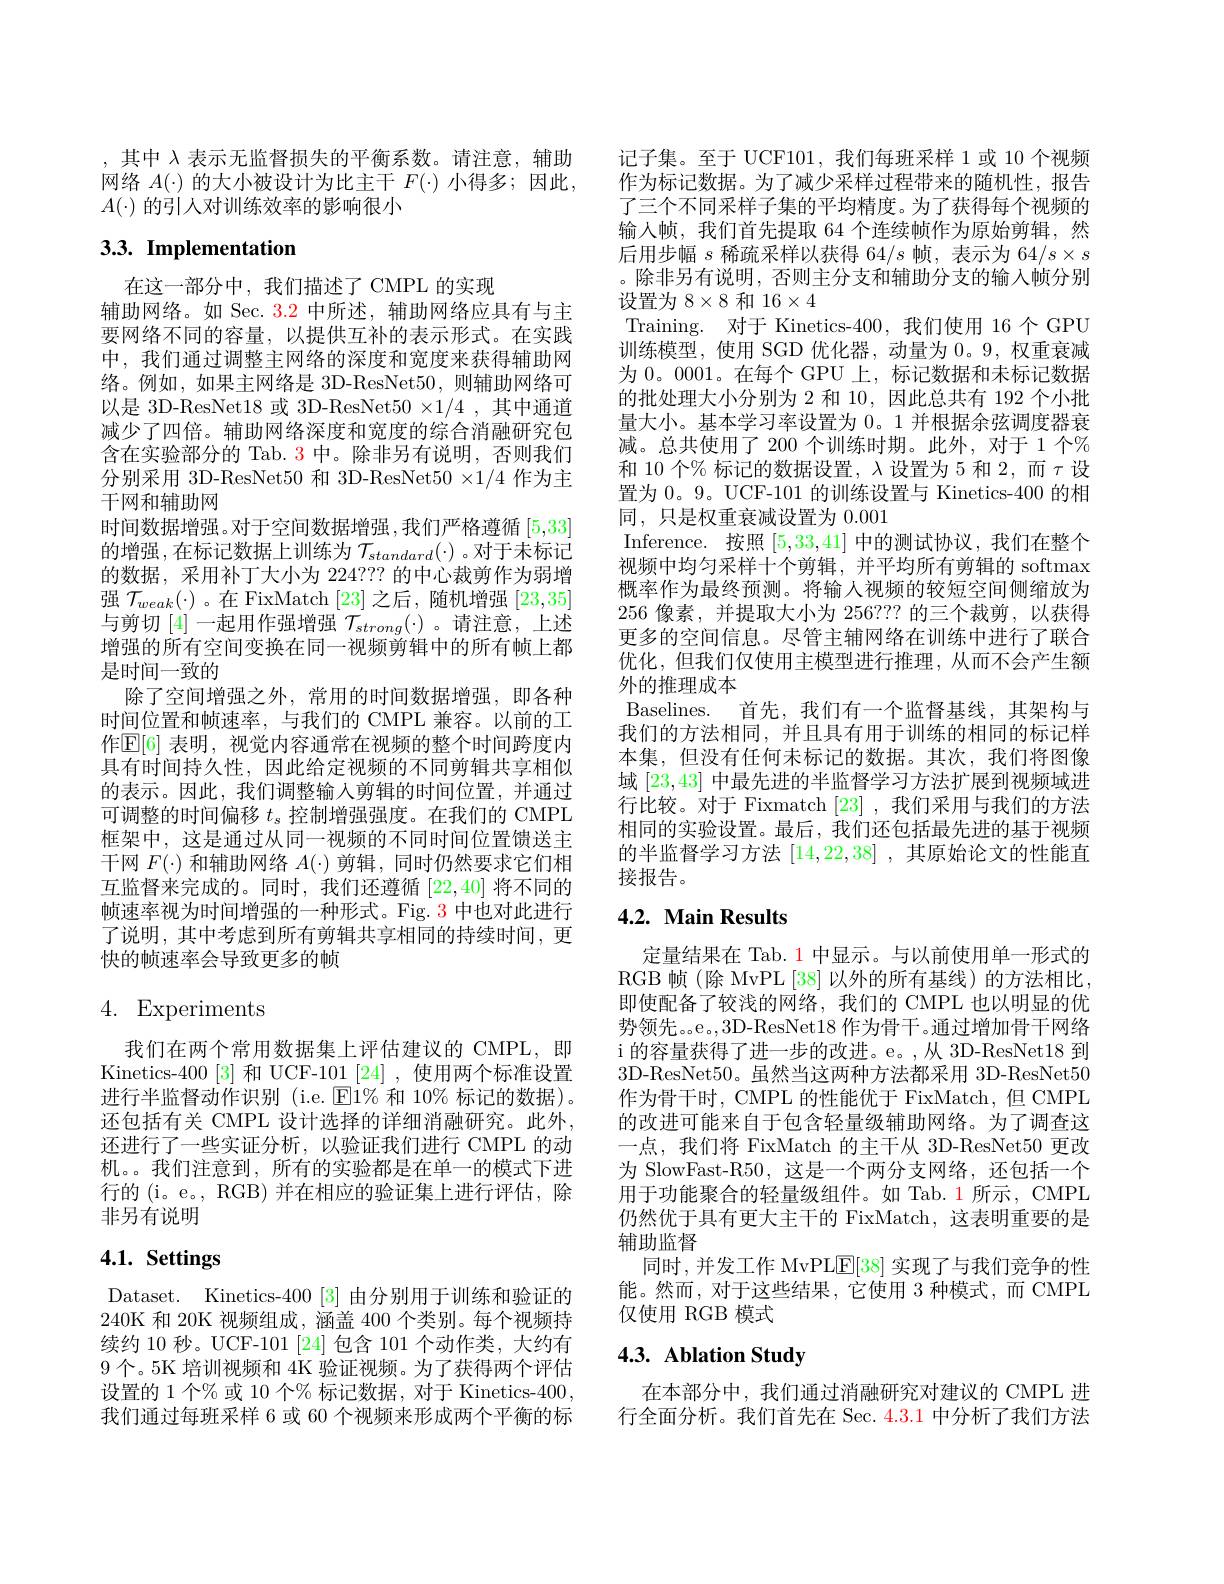
,其中$\lambda$表示无监督损失的平衡系数。请注意，辅助网络$A(\cdot)$的大小被设计为比主干$F(\cdot)$小得多；因此， $A(\cdot)$的引人对训练效率的影响很小

# 3.3. Implementation

在这一部分中，我们描述了 CMPL 的实现
辅助网络。如 Sec. 3.2 中所述，辅助网络应具有与主要网络不同的容量，以提供互补的表示形式。在实践中，我们通过调整主网络的深度和宽度来获得辅助网络。例如，如果主网络是 3D-ResNet50,则辅助网络可以是 3D-ResNet18 或 3D-ResNet$50\times1/4$ ,其中通道减少了四倍。辅助网络深度和宽度的综合消融研究包含在实验部分的 Tab. 3 中。除非另有说明，否则我们分别采用 3D-ResNet50 和 3D-ResNet$50\times1/4$作为主干网和辅助网
时间数据增强。对于空间数据增强 ,我们严格遵循 [5,33] 的增强，在标记数据上训练为$\mathcal{T}_{standard}(\cdot)$ 。对于未标记的数据，采用补丁大小为 224??? 的中心裁剪作为弱增强$\mathcal{T}_weak(\cdot)$ 。在 FixMatch [23]之后，随机增强[23,35] 与剪切[4]一起用作强增强$\mathcal{T}_strong(\cdot)$ 。请注意，上述增强的所有空间变换在同一视频剪辑中的所有帧上都是时间一致的
除了空间增强之外，常用的时间数据增强，即各种时间位置和帧速率，与我们的 CMPL 兼容。以前的工作$\mathbb{E}[6]$ 表明，视觉内容通常在视频的整个时间跨度内具有时间持久性，因此给定视频的不同剪辑共享相似的表示。因此，我们调整输入剪辑的时间位置，并通过可调整的时间偏移$t_s$控制增强强度。在我们的 CMPL 框架中，这是通过从同一视频的不同时间位置馈送主干网$F(\cdot)$和辅助网络$A(\cdot)$剪辑，同时仍然要求它们相互监督来完成的。同时，我们还遵循[22,40]将不同的帧速率视为时间增强的一种形式。Fig. 3 中也对此进行了说明，其中考虑到所有剪辑共享相同的持续时间，更快的帧速率会导致更多的帧

# 4. Experiments

我们在两个常用数据集上评估建议的 CMPL,即Kinetics-400[3]和 UCF-101[24],使用两个标准设置进行半监督动作识别 (i.e. $\operatorname{E}1\%$和 10% 标记的数据)。还包括有关 CMPL 设计选择的详细消融研究。此外， 还进行了一些实证分析，以验证我们进行 CMPL 的动机。。我们注意到，所有的实验都是在单一的模式下进行的(i。e。, RGB) 并在相应的验证集上进行评估，除非另有说明

# 4.1. Settings

Dataset. Kinetics-400[3] 由分别用于训练和验证的240K 和 20K 视频组成，涵盖 400 个类别。每个视频持续约 10 秒。UCF-101 [24]包含 101 个动作类，大约有9个。5K 培训视频和 4K 验证视频。为了获得两个评估设置的 1 个% 或 10 个% 标记数据，对于 Kinetics-400, 我们通过每班采样 6 或 60 个视频来形成两个平衡的标

记子集。至于 UCF101,我们每班采样 1 或 10 个视频作为标记数据。为了减少采样过程带来的随机性，报告了三个不同采样子集的平均精度。为了获得每个视频的输人帧，我们首先提取 64 个连续帧作为原始剪辑，然后用步幅$s$稀疏采样以获得 64/s 帧，表示为 64/s×s 。除非另有说明，否则主分支和辅助分支的输入帧分别设置为$8\times8$和 16$\times4$
Training. 对于 Kinetics-400,我们使用 16个 GPU 训练模型，使用 SGD 优化器，动量为0。9,权重衰减为 0。0001。在每个 GPU 上，标记数据和未标记数据的批处理大小分别为 2 和 10,因此总共有 192 个小批量大小。基本学习率设置为 0。1 并根据余弦调度器衰减。总共使用了 200 个训练时期。此外，对于 1 个% 和 10 个% 标记的数据设置，$\lambda$设置为 5 和 2,而$\tau$设置为 0。9。UCF-101 的训练设置与 Kinetics-400 的相同，只是权重衰减设置为0.001
Inference. 按照[5,33,41]中的测试协议，我们在整个视频中均匀采样十个剪辑，并平均所有剪辑的 softmax 概率作为最终预测。将输人视频的较短空间侧缩放为256像素，并提取大小为 256???的三个裁剪，以获得更多的空间信息。尽管主辅网络在训练中进行了联合优化，但我们仅使用主模型进行推理，从而不会产生额外的推理成本
Baselines. 首先，我们有一个监督基线，其架构与我们的方法相同，并且具有用于训练的相同的标记样本集，但没有任何未标记的数据。其次，我们将图像域[23,43]中最先进的半监督学习方法扩展到视频域进行比较。对于 Fixmatch [23] , 我们采用与我们的方法相同的实验设置。最后，我们还包括最先进的基于视频的半监督学习方法[14,22,38] ,其原始论文的性能直接报告。

# 4.2. Main Results

定量结果在 Tab. 1 中显示。与以前使用单一形式的RGB 帧(除 MvPL[38]以外的所有基线)的方法相比， 即使配备了较浅的网络，我们的 CMPL 也以明显的优势领先。。e。,3D-ResNet18 作为骨干。通过增加骨干网络$\operatorname{i}$的容量获得了进一步的改进。e。,从 3D-ResNet18 到3D-ResNet50。虽然当这两种方法都采用 3D-ResNet50作为骨干时，CMPL 的性能优于 FixMatch, 但 CMPL 的改进可能来自于包含轻量级辅助网络。为了调查这一点，我们将 FixMatch 的主干从 3D-ResNet50 更改为 SlowFast-R50,这是一个两分支网络，还包括一个用于功能聚合的轻量级组件。如 Tab.1 所示，CMPL 仍然优于具有更大主干的 FixMatch, 这表明重要的是辅助监督
同时，并发工作 MvPL$\underline{\mathrm{E}}[38]$实现了与我们竞争的性能。然而，对于这些结果，它使用 3 种模式，而 CMPL 仅使用 RGB 模式

# 4.3. Ablation Study

在本部分中，我们通过消融研究对建议的 CMPL 进行全面分析。我们首先在 Sec. 4.3.1 中分析了我们方法